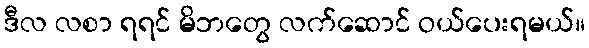
ဒီလ လစာ ရရင် မိဘတွေ လက်ဆောင် ဝယ်ပေးရမယ်။